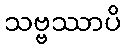
သဗ္ဗဿာပိ